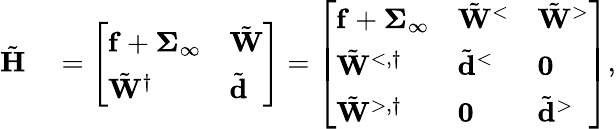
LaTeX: \begin{array}{rl}{\tilde{\mathbf{H}}}&{{}=\left[\begin{array}{ll}{\mathbf{f}+\boldsymbol{\Sigma}_{\infty}}&{\tilde{\mathbf{W}}}\\ {\tilde{\mathbf{W}}^{\dagger}}&{\tilde{\mathbf{d}}}\end{array}\right]=\left[\begin{array}{lll}{\mathbf{f}+\boldsymbol{\Sigma}_{\infty}}&{\tilde{\mathbf{W}}^{<}}&{\tilde{\mathbf{W}}^{>}}\\ {\tilde{\mathbf{W}}^{<,\dagger}}&{\tilde{\mathbf{d}}^{<}}&{\mathbf{0}}\\ {\tilde{\mathbf{W}}^{>,\dagger}}&{\mathbf{0}}&{\tilde{\mathbf{d}}^{>}}\end{array}\right],}\end{array}